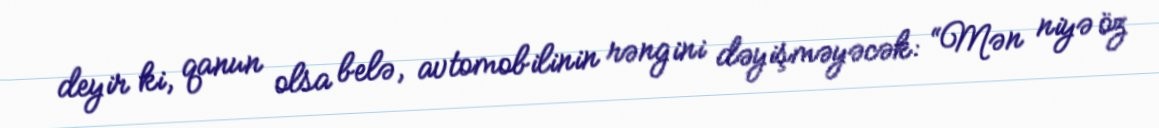
deyir ki, qanun olsa belə, avtomobilinin rəngini dəyişməyəcək: “Mən niyə öz